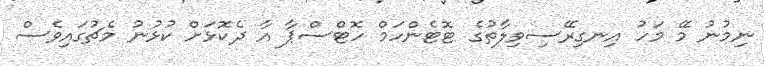
ނިމުނު މޭ މަހު އިނގިރޭސިވިލާތުގެ ޓޮޓެންހަމް ހޮޓްސްޕާ އާ ދެކޮޅަށް ކުޅުނު މެޗުގައިވެސް